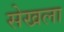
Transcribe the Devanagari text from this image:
सेखला